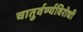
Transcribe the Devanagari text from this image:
चातुर्वर्ण्यविरोधी